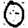
Digit: 0